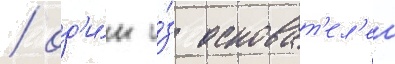
/ од'и́н и́з основат'ел'еи